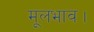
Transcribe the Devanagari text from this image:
मूलभाव।